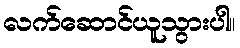
လက်ဆောင်ယူသွားပါ။